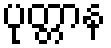
ပုတ္တာန